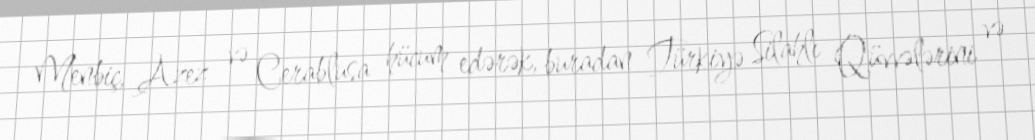
Menbiç, Azez və Cerablusa hücum edərək, buradan Türkiyə Silahlı Qüvvələrini və